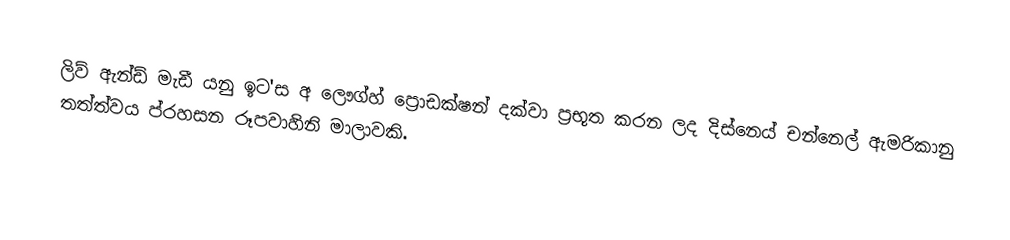
ලිව් ඇන්ඩ් මැඩී යනු ඉට'ස අ ලෞග්හ් ප්‍රොඩක්ෂන් දක්වා ප්‍රභූත කරන ලද දිස්නෙය් චන්නෙල් ඇමරිකානු තත්ත්වය ප්රහසන රූපවාහිනි මාලාවකි.